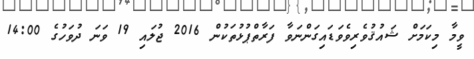
ވީމާ މިކަމަށް ޝައުޤުވެރިވެވަޑައިގަންނަވާ ފަރާތްޕުޅުތަކުން 2016 ޖުލައި 19 ވަނަ ދުވަހުގެ 14:00